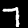
Digit: 7